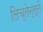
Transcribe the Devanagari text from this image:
लिच्तेन्स्तें